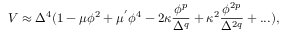
V \approx \Delta ^ { 4 } ( 1 - \mu \phi ^ { 2 } + \mu ^ { ' } \phi ^ { 4 } - 2 \kappa \frac { \phi ^ { p } } { \Delta ^ { q } } + \kappa ^ { 2 } \frac { \phi ^ { 2 p } } { \Delta ^ { 2 q } } + . . . ) ,